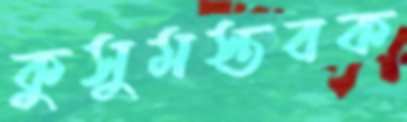
কুসুমস্তবক